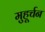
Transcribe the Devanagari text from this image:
मुहूर्चन